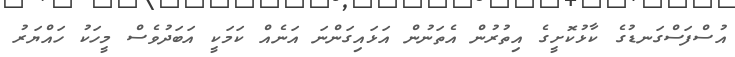
އުސްފަސްގަނޑުގެ ކާޅުކޮށީގެ އިތުރުން އެތަނުން އަޅައިގަންނަ އަނެއް ކަމަކީ އަބަދުވެސް މީހަކު ހައްޔަރު